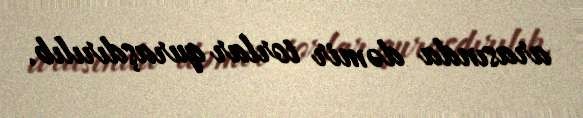
arasında dəmir torlar quraşdırılıb.